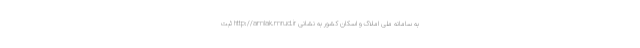
به سامانه ملی املاک و اسکان کشور به نشانی http://amlak.mrud.ir ثبت